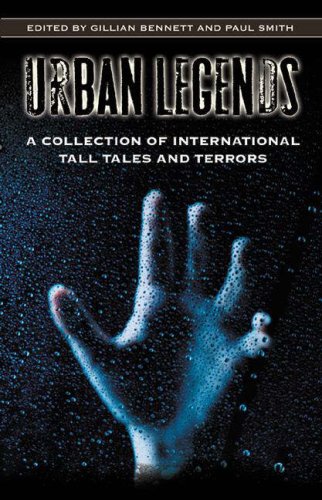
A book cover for Urban Legends: A Collection of International Tall Tales and Terrors; Gillian Bennett; Humor & Entertainment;